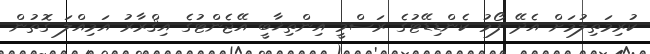
ކުރިމަތިލުމަށް އެދޭ ފޯމު ކެންޑިޑޭޓުގެ ރަސްމީ އިންތިޚާބީ އޭޖެންޓުގެ އިޤްރާރު އަމިއްލަ ގޮތުން